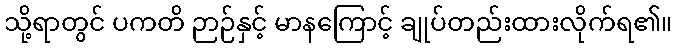
သို့ရာတွင် ပကတိ ဉာဉ်နှင့် မာနကြောင့် ချုပ်တည်းထားလိုက်ရ၏။